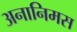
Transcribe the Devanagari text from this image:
अनानिमस